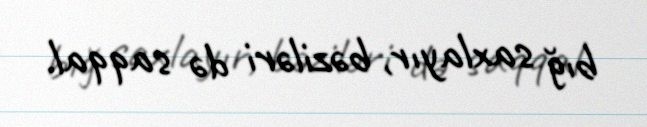
bığ saxlayır, bəziləri də saqqal.